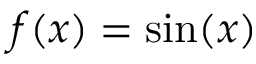
f ( x ) = \sin ( x )